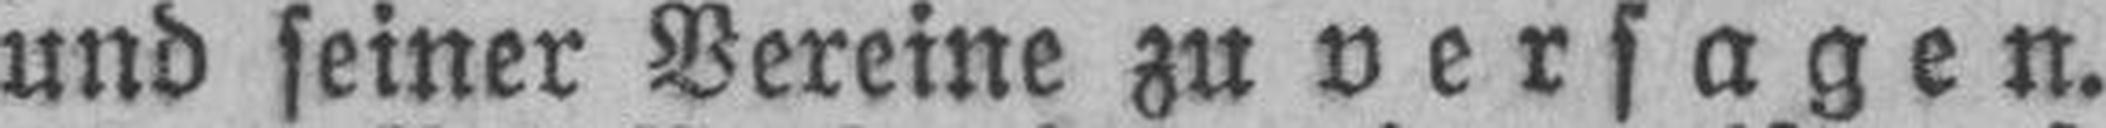
und seiner Vereine zu versagen.